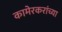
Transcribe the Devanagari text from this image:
कामेरकरांच्या